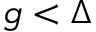
g < \Delta